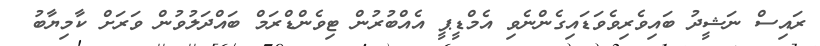
ރައިސް ނަޝީދު ބައިވެރިވެވަޑައިގެންނެވި އެމްޑީޕީ އެއްބުރުން ޓިވެންޑްރަމް ބައްދަލުވުން ވަރަށް ކާމިޔާބު